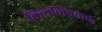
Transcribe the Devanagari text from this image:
क्‍लिनिकतर्फे